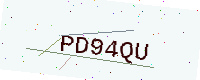
Text: PD94QU